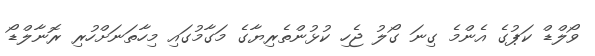
ވޯލްޑް ކަޕުގެ އެންމެ ގިނަ ގޯލު ޖެހި ކުޅުންތެރިޔާގެ މަގާމުގައި މިހާތަނަށްހުރި ރޮނާލްޑޯ